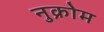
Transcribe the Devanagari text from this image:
नुक्रोम